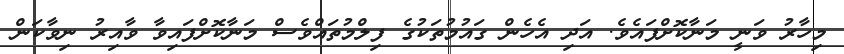
މިހާރު ވަނީ މަނާކޮށްފައެވެ. އަދި އެހެން ގައުމުތަކުގެ ފިލްމުތައްވެސް މަނާކޮށްފައިވާ ވާއިރު ނިވާކަން